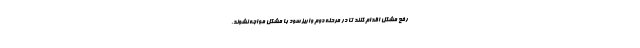
رفع مشکل اقدام کنند تا در مرحله دوم واریز سود با مشکل مواجه نشوند.